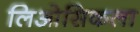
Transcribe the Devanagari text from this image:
लिओसिकला